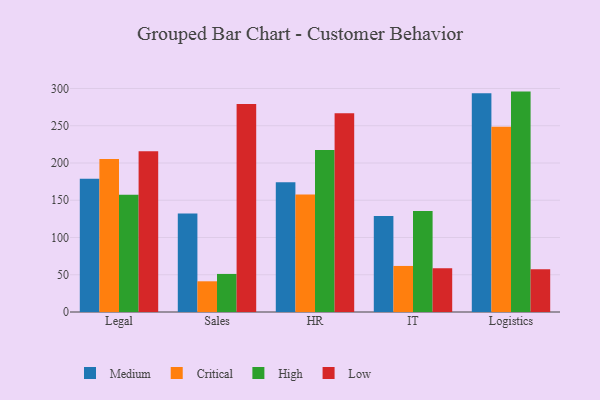
{"axis": {"x": "Department", "y": "Active Users"}, "legend": ["Critical", "High", "Low", "Medium"], "data": [{"x": "Legal", "y": 178.9, "type": "Medium"}, {"x": "Legal", "y": 205.5, "type": "Critical"}, {"x": "Legal", "y": 157.2, "type": "High"}, {"x": "Legal", "y": 215.9, "type": "Low"}, {"x": "Sales", "y": 132.2, "type": "Medium"}, {"x": "Sales", "y": 41.2, "type": "Critical"}, {"x": "Sales", "y": 51.1, "type": "High"}, {"x": "Sales", "y": 279.1, "type": "Low"}, {"x": "HR", "y": 174.1, "type": "Medium"}, {"x": "HR", "y": 157.6, "type": "Critical"}, {"x": "HR", "y": 217.4, "type": "High"}, {"x": "HR", "y": 266.7, "type": "Low"}, {"x": "IT", "y": 129.0, "type": "Medium"}, {"x": "IT", "y": 61.8, "type": "Critical"}, {"x": "IT", "y": 135.6, "type": "High"}, {"x": "IT", "y": 58.7, "type": "Low"}, {"x": "Logistics", "y": 293.7, "type": "Medium"}, {"x": "Logistics", "y": 248.6, "type": "Critical"}, {"x": "Logistics", "y": 295.8, "type": "High"}, {"x": "Logistics", "y": 57.5, "type": "Low"}]}